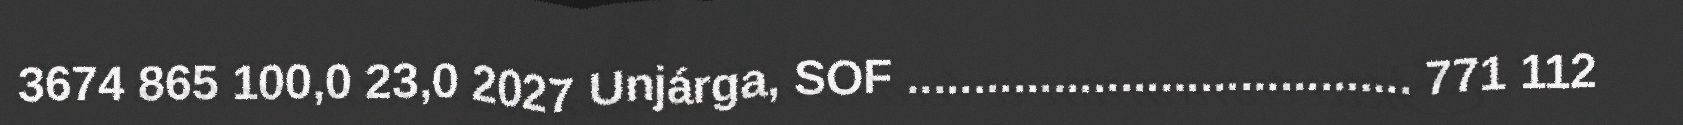
3674 865 100,0 23,0 2027 Unjárga, SOF ...................................... 771 112